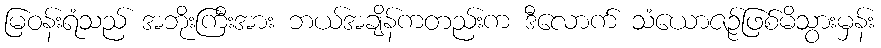
မြဝန်းရံသည် အဘိုးကြီးအား ဘယ်အချိန်ကတည်းက ဒီလောက် သံယောဇဉ်ဖြစ်မိသွားမှန်း